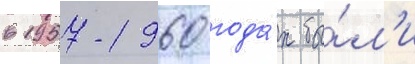
в 1957-1960 года́х бы́л'и